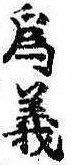
為義